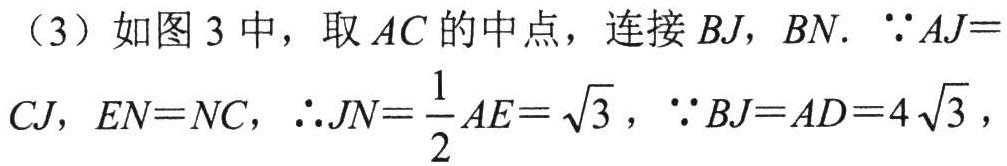
（3）如图 3 中，取 \(AC\) 的中点，连接 \(BJ\)，\(BN\). \(\because AJ = CJ\)，\(EN = NC\)，\(\therefore JN=\dfrac{1}{2}AE = \sqrt{3}\)，\(\because BJ = AD = 4\sqrt{3}\)，